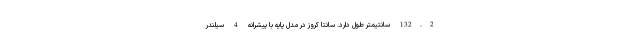
132.2 سانتیمتر طول دارد. سانتا کروز در مدل پایه با پیشرانه 4 سیلندر